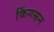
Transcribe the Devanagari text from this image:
किंगसन